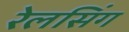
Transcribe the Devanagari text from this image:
रेलसिंग